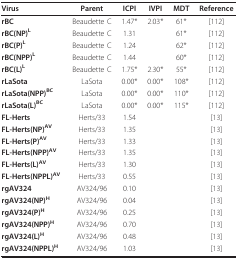
<table><thead><tr><td><b>Virus</b></td><td><b>Parent</b></td><td><b>ICPI</b></td><td><b>IVPI</b></td><td><b>MDT</b></td><td><b>Reference</b></td></tr></thead><tbody><tr><td><b>rBC</b></td><td>Beaudette C</td><td>1.47*</td><td>2.03*</td><td>61*</td><td>[112]</td></tr><tr><td><b>rBC(NP)<sup>L</sup></b></td><td>Beaudette C</td><td>1.31</td><td></td><td>61*</td><td>[112]</td></tr><tr><td><b>rBC(P)<sup>L</sup></b></td><td>Beaudette C</td><td>1.24</td><td></td><td>62*</td><td>[112]</td></tr><tr><td><b>rBC(NPP)<sup>L</sup></b></td><td>Beaudette C</td><td>1.44</td><td></td><td>60*</td><td>[112]</td></tr><tr><td><b>rBC(L)<sup>L</sup></b></td><td>Beaudette C</td><td>1.75*</td><td>2.30*</td><td>55*</td><td>[112]</td></tr><tr><td><b>rLaSota</b></td><td>LaSota</td><td>0.00*</td><td>0.00*</td><td>108*</td><td>[112]</td></tr><tr><td><b>rLaSota(NPP)<sup>BC</sup></b></td><td>LaSota</td><td>0.00*</td><td>0.00*</td><td>110*</td><td>[112]</td></tr><tr><td><b>rLaSota(L)<sup>BC</sup></b></td><td>LaSota</td><td>0.00*</td><td>0.00*</td><td>115*</td><td>[112]</td></tr><tr><td><b>FL-Herts</b></td><td>Herts/33</td><td>1.54</td><td></td><td></td><td>[13]</td></tr><tr><td><b>FL-Herts(NP)<sup>AV</sup></b></td><td>Herts/33</td><td>1.35</td><td></td><td></td><td>[13]</td></tr><tr><td><b>FL-Herts(P)<sup>AV</sup></b></td><td>Herts/33</td><td>1.33</td><td></td><td></td><td>[13]</td></tr><tr><td><b>FL-Herts(NPP)<sup>AV</sup></b></td><td>Herts/33</td><td>1.35</td><td></td><td></td><td>[13]</td></tr><tr><td><b>FL-Herts(L)<sup>AV</sup></b></td><td>Herts/33</td><td>1.30</td><td></td><td></td><td>[13]</td></tr><tr><td><b>FL-Herts(NPPL)<sup>AV</sup></b></td><td>Herts/33</td><td>0.55</td><td></td><td></td><td>[13]</td></tr><tr><td><b>rgAV324</b></td><td>AV324/96</td><td>0.10</td><td></td><td></td><td>[13]</td></tr><tr><td><b>rgAV324(NP)<sup>H</sup></b></td><td>AV324/96</td><td>0.04</td><td></td><td></td><td>[13]</td></tr><tr><td><b>rgAV324(P)<sup>H</sup></b></td><td>AV324/96</td><td>0.25</td><td></td><td></td><td>[13]</td></tr><tr><td><b>rgAV324(NPP)<sup>H</sup></b></td><td>AV324/96</td><td>0.70</td><td></td><td></td><td>[13]</td></tr><tr><td><b>rgAV324(L)<sup>H</sup></b></td><td>AV324/96</td><td>0.48</td><td></td><td></td><td>[13]</td></tr><tr><td><b>rgAV324(NPPL)<sup>H</sup></b></td><td>AV324/96</td><td>1.03</td><td></td><td></td><td>[13]</td></tr></tbody></table>